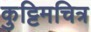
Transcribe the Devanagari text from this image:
कुट्टिमचित्र